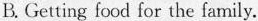
B. Getting food for the family.